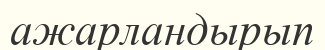
ажарландырып